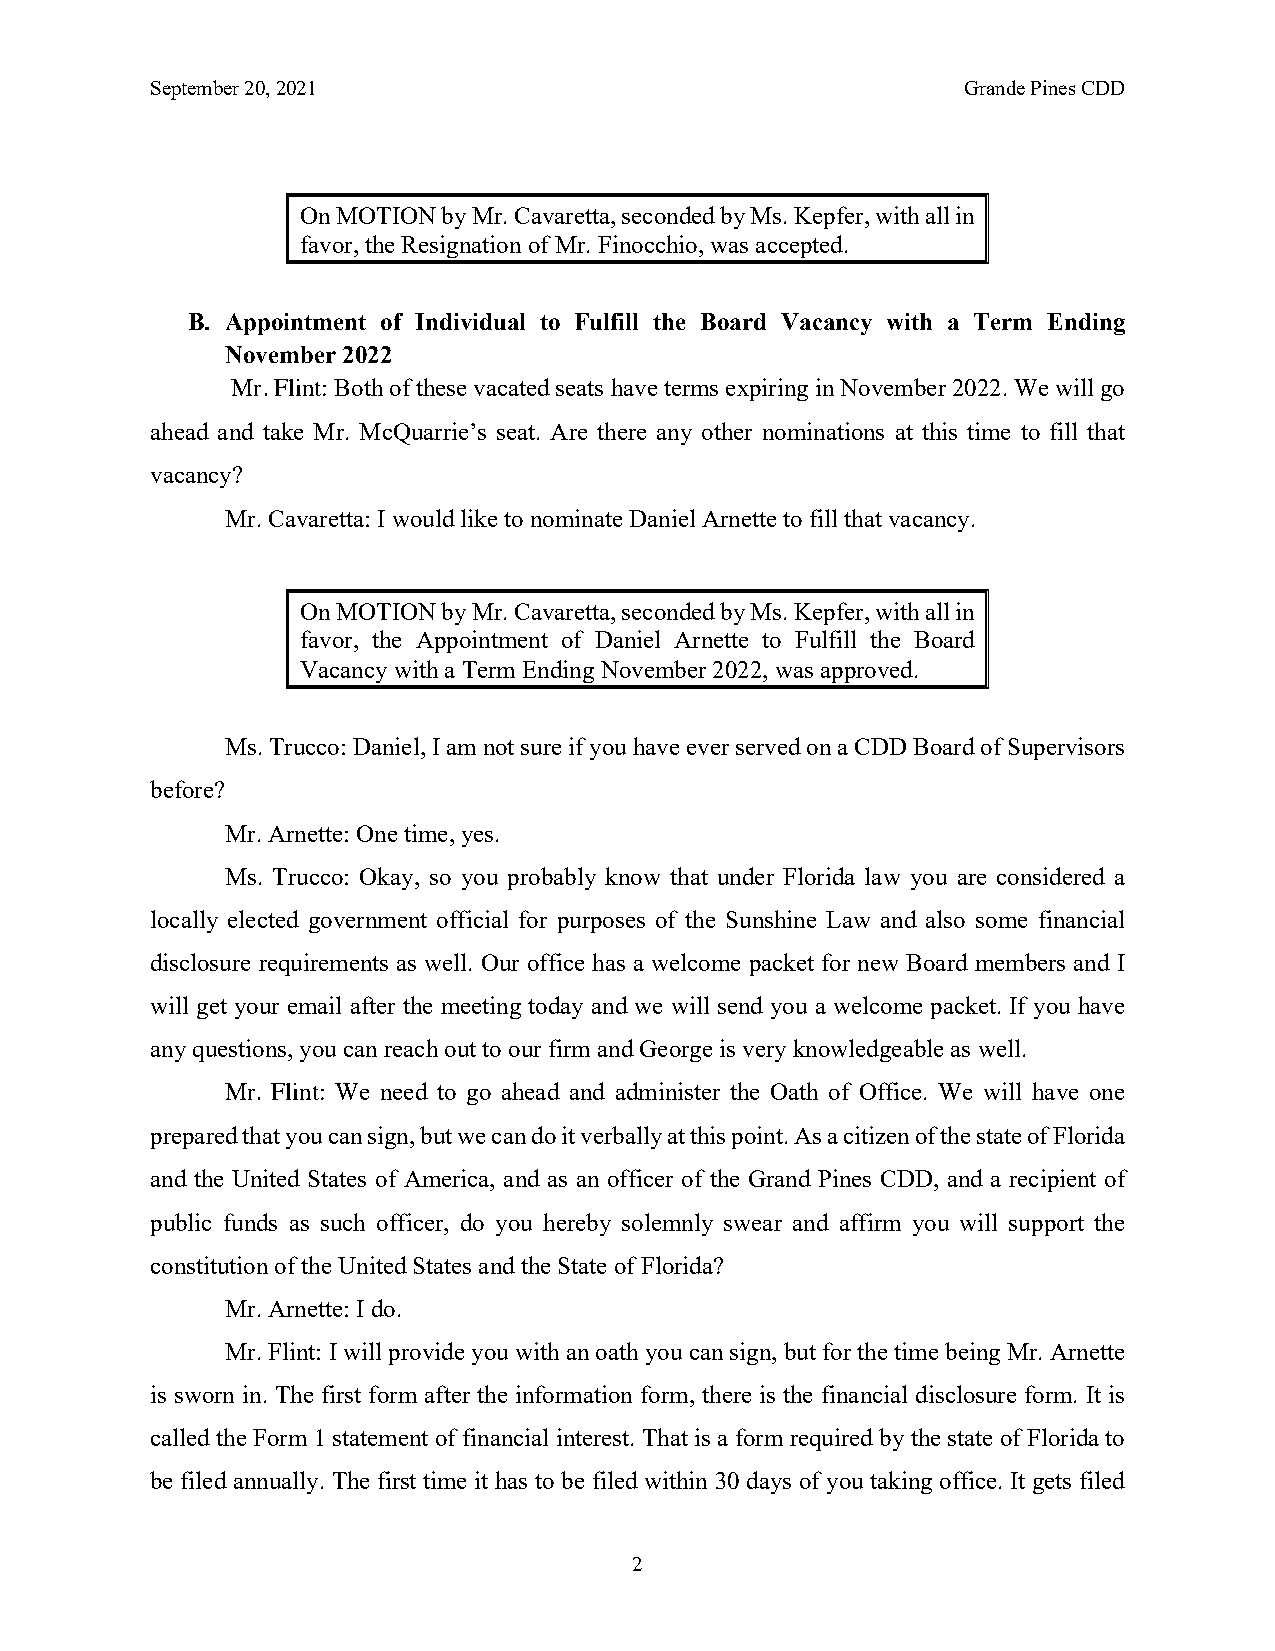
September 20, 2021                                    Grande Pines CDD
 On MOTION by Mr. Cavaretta, seconded by Ms. Kepfer, with all in
 favor, the Resignation of Mr. Finocchio, was accepted.
 B. Appointment of Individual to Fulfill the Board Vacancy with a Term Ending
 November 2022
 Mr. Flint: Both of these vacated seats have terms expiring in November 2022. We will go
 ahead and take Mr. McQuarrie’s seat. Are there any other nominations at this time to fill that
 vacancy?
 Mr. Cavaretta: I would like to nominate Daniel Arnette to fill that vacancy.
 On MOTION by Mr. Cavaretta, seconded by Ms. Kepfer, with all in
 favor, the Appointment of Daniel Arnette to Fulfill the Board
 Vacancy with a Term Ending November 2022, was approved.
 Ms. Trucco: Daniel, I am not sure if you have ever served on a CDD Board of Supervisors
 before?
 Mr. Arnette: One time, yes.
 Ms. Trucco: Okay, so you probably know that under Florida law you are considered a
 locally elected government official for purposes of the Sunshine Law and also some financial
 disclosure requirements as well. Our office has a welcome packet for new Board members and I
 will get your email after the meeting today and we will send you a welcome packet. If you have
 any questions, you can reach out to our firm and George is very knowledgeable as well.
 Mr. Flint: We need to go ahead and administer the Oath of Office. We will have one
 prepared that you can sign, but we can do it verbally at this point. As a citizen of the state of Florida
 and the United States of America, and as an officer of the Grand Pines CDD, and a recipient of
 public funds as such officer, do you hereby solemnly swear and affirm you will support the
 constitution of the United States and the State of Florida?
 Mr. Arnette: I do.
 Mr. Flint: I will provide you with an oath you can sign, but for the time being Mr. Arnette
 is sworn in. The first form after the information form, there is the financial disclosure form. It is
 called the Form 1 statement of financial interest. That is a form required by the state of Florida to
 be filed annually. The first time it has to be filed within 30 days of you taking office. It gets filed
 2